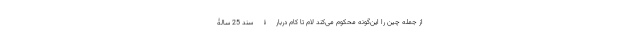
از جمله چین را این‌گونه محکوم می‌کند لام تا کام دربارۀ سند 25 سالۀ